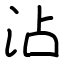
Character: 沾